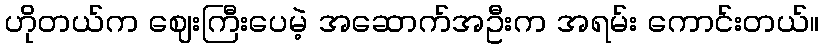
ဟိုတယ်က ဈေးကြီးပေမဲ့ အဆောက်အဦးက အရမ်း ကောင်းတယ်။